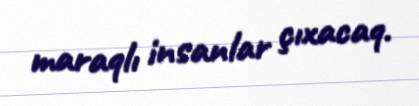
maraqlı insanlar çıxacaq.